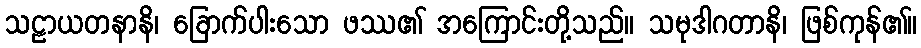
သဠာယတနာနိ၊ ခြောက်ပါးသော ဖဿ၏ အကြောင်းတို့သည်။ သမုဒါဂတာနိ၊ ဖြစ်ကုန်၏။